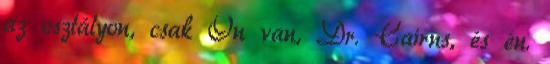
az osztályon, csak Ön van, Dr. Cairns, és én.